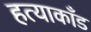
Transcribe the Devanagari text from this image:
हत्याकाँड